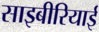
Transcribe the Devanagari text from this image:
साइबीरियाई